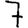
Digit: 7